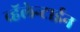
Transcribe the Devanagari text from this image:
व्हॅलेन्टाईन